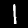
Label: 1